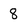
Character: 8